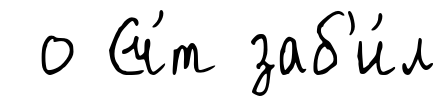
о Сч́т заб'и́л